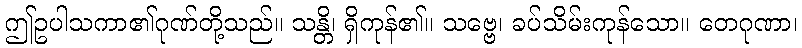
ဤဥပါသကာ၏ဂုဏ်တို့သည်။ သန္တိ၊ ရှိကုန်၏။ သဗ္ဗေ၊ ခပ်သိမ်းကုန်သော။ တေဂုဏာ၊